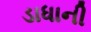
ડાધાની